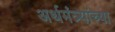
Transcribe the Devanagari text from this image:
अर्थमंत्र्यांच्या